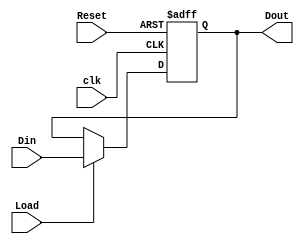
module Register32bit (Din, Dout, Load, Reset, clk);
input [31:0] Din;
output reg [31:0] Dout;
input Load, Reset, clk;

always@(posedge clk or posedge Reset) begin
if (Reset == 1)
Dout = 0;
else if (Load == 1)
Dout <= Din;
else
Dout <= Dout;
end

endmodule